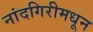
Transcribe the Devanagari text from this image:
नांदगिरीमधून